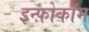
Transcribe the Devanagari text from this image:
इन्फ़ोकॉम